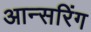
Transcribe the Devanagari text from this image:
आन्सरिंग